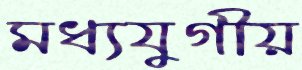
মধ্যযুগীয়